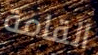
القامة